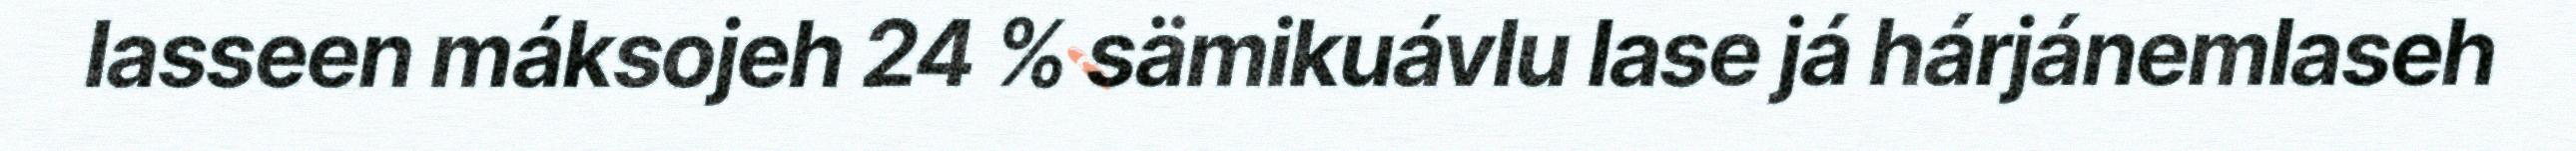
lasseen máksojeh 24 % sämikuávlu lase já hárjánemlaseh